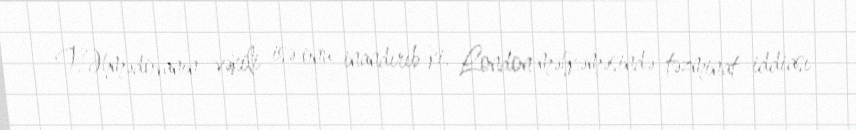
T.Əhmədovanın vəkili isə onu inandırıb ki, London məhkəməsində təzminat iddiası